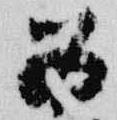
為